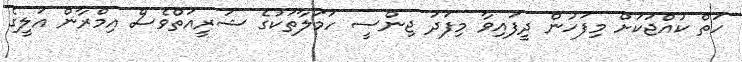
ހަތް ކުއްޖަކަށް މިފަހުން ދީފައިވާ މިފަދަ ޖިންސީ ހަމަލާތަކުގެ ޝަރީއަތްވެސް އިމްރާން އަލީގެ